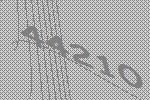
44210